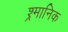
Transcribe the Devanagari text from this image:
श्र्मानिक